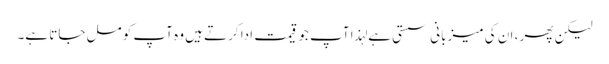
لیکن پھر ، ان کی میزبانی سستی ہے لہذا آپ جو قیمت ادا کرتے ہیں وہ آپ کو مل جاتا ہے۔